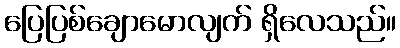
ပြေပြစ်ချောမောလျက် ရှိလေသည်။